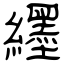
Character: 纆